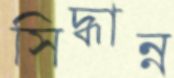
সিদ্ধান্ন